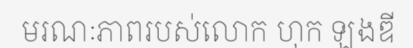
មរណៈភាពរបស់លោក ហុក ឡងឌី